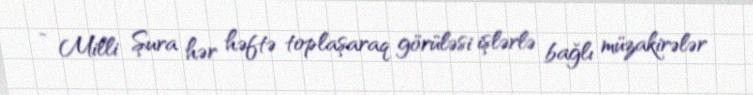
- Milli Şura hər həftə toplaşaraq görüləsi işlərlə bağlı müzakirələr